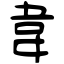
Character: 韋